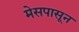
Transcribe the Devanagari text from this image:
मेसपासून